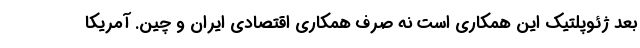
بعد ژئوپلتیک این همکاری است نه صرف همکاری اقتصادی ایران و چین. آمریکا